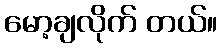
မော့ချလိုက် တယ်။